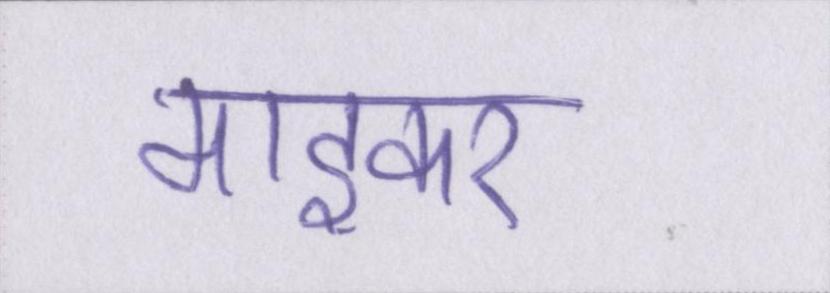
माइकर